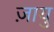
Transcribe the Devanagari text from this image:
ज़ायु